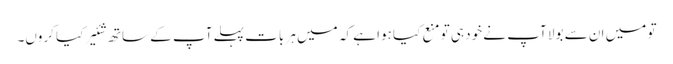
تو میں ان سے بولا آپ نے خود ہی تو منع کیا ہوا ہے کہ میں ہر بات پہلے آپ کے ساتھ شئیر کیا کروں۔